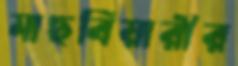
মাছবিয়ারীর